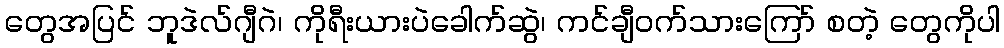
တွေအပြင် ဘူဒဲလ်ဂျီဂဲ၊ ကိုရီးယားပဲခေါက်ဆွဲ၊ ကင်ချီဝက်သားကြော် စတဲ့ တွေကိုပါ